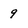
Character: 9